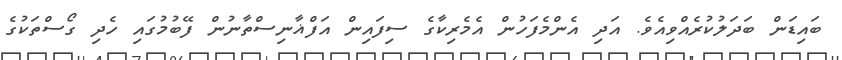
ބައިޑަން ބަދަލުކުރެއްވިއެވެ. އަދި އެންމެފަހުން އެމެރިކާގެ ސިފައިން އަފްޣާނިސްތާނުން ފޭބުމުގައި ހެދި ގޯސްތަކުގެ